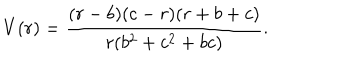
LaTeX: V ( r ) = \frac { ( r - b ) ( c - r ) ( r + b + c ) } { r ( b ^ { 2 } + c ^ { 2 } + b c ) } .